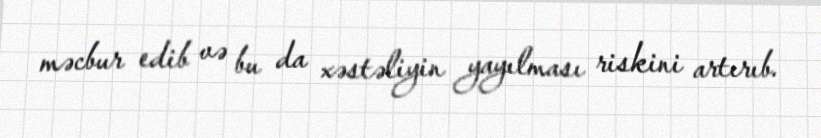
məcbur edib və bu da xəstəliyin yayılması riskini artırıb.